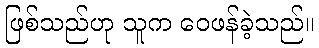
ဖြစ်သည်ဟု သူက ဝေဖန်ခဲ့သည်။